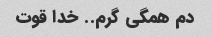
دم همگی گرم.. خدا قوت